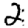
Digit: 2